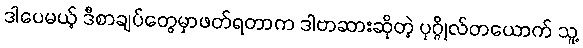
ဒါပေမယ့် ဒီစာချပ်တွေမှာဖတ်ရတာက ဒါဗာဆားဆိုတဲ့ ပုဂ္ဂိုလ်တယောက် သူ့